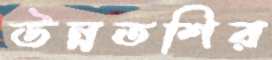
উন্নতশির